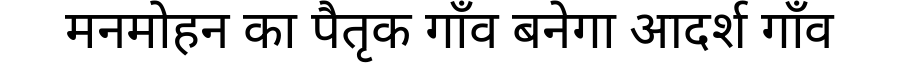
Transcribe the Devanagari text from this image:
मनमोहन का पैतृक गाँव बनेगा आदर्श गाँव